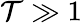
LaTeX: \mathcal T\gg 1